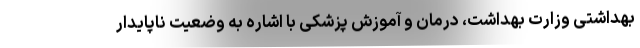
بهداشتی وزارت بهداشت، درمان و آموزش پزشکی با اشاره به وضعیت ناپایدار